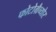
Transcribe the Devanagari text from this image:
फोटोग्रैव्योर